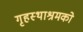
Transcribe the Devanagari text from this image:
गृहस्थाश्रमको